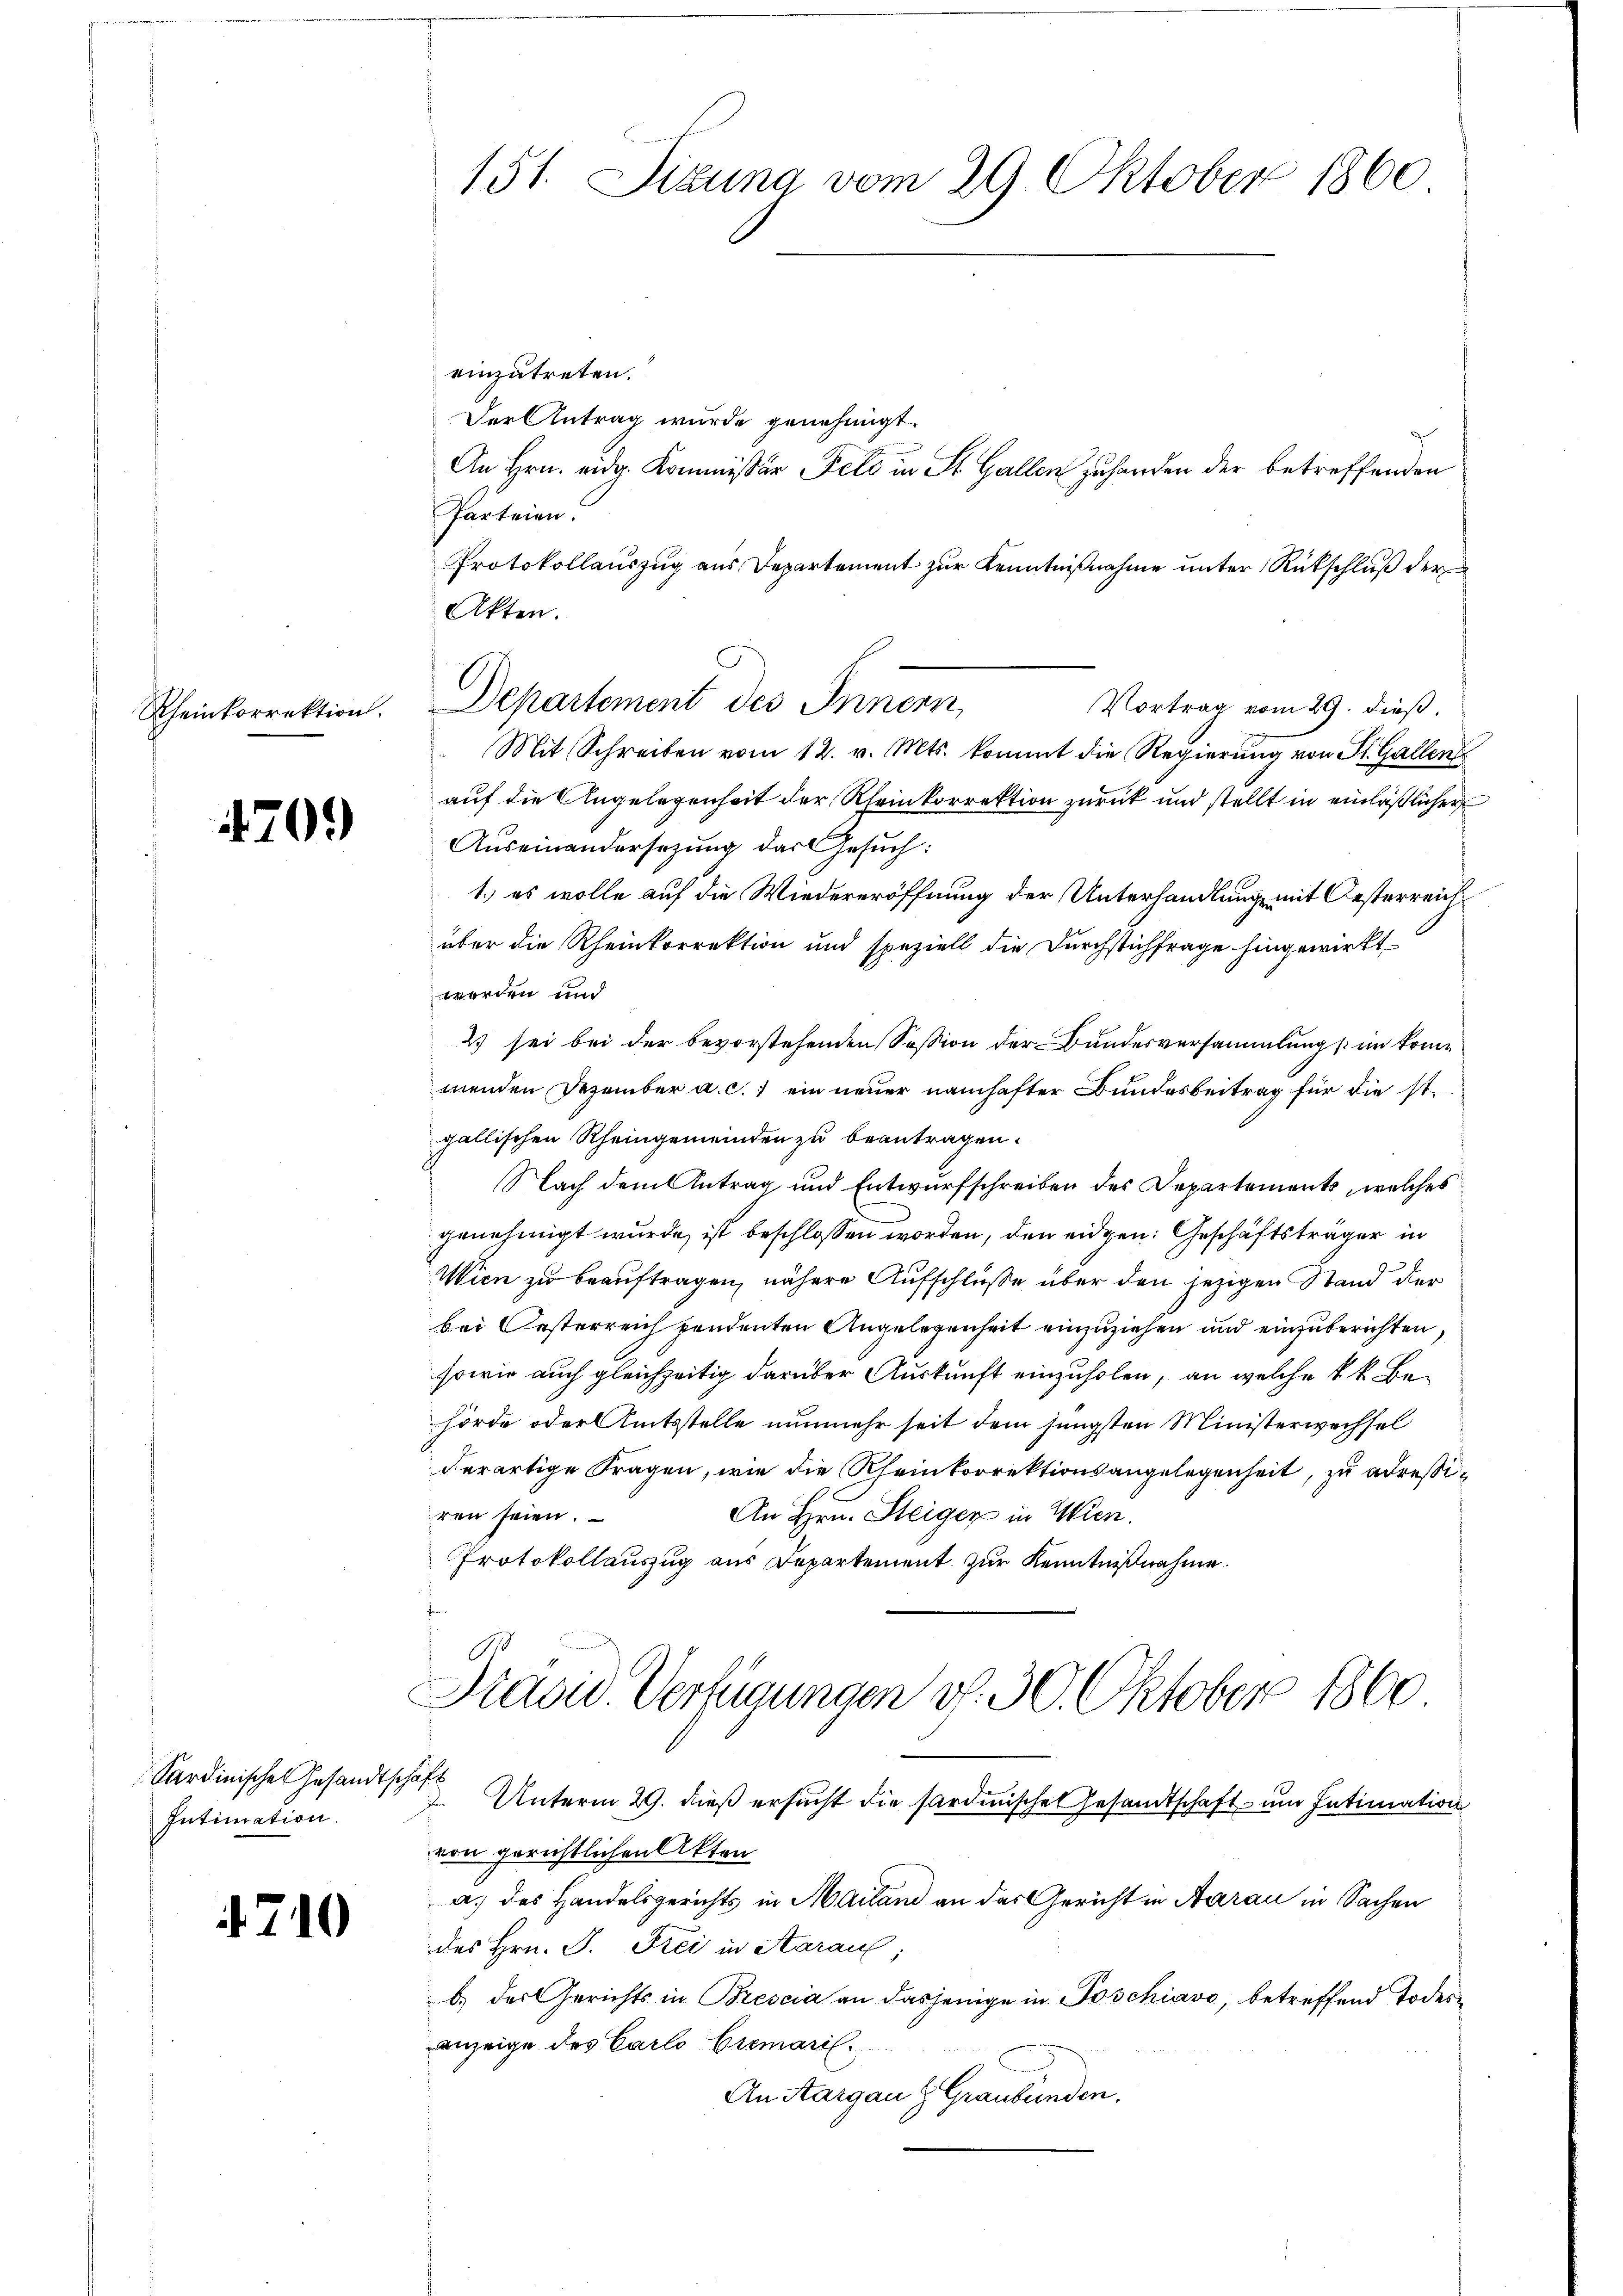
470.

Sardinische Gesandtschaft
Intimation.

4710

151. Sizung vom 29. Oktober 1860
einzutreten.
Der Antrag wurde genehmigt.
An Hrn. eidg. Kommißär Feld in St. Gallen zuhanden der betreffenden
Parteien.

Protokollauszug aus Departement zur Kenntnißnahme unter Rückschluß der
Akten.
Vortrag vom 29. dieß.
Mit Schreiben vom 12. v. Mts. kommt die Regierung von St. Gallen
auf die Angelegenheit der Rheinkorrektion zurück und stellt in einläßlicher
Auseinandersezung das Gesuch:
1.) es wolle auf die Wiedereröffnung der Unterhandlung mit Oesterreich
über die Rheinkorrektion und speziell die Durchstichfrage hingewirkt
worden und
2 sei bei der bevorstehenden Session der Bundesversammlung im kome
menden Dezember a. c. ein neuer namhafter Bundesbeitrag für die st.
gallischen Rheingemeinden zu beantragen.
Nach dem Antrag und Entwurfschreiben des Departements, welches
genehmigt wurde, ist beschlossen worden, den eidgen: Geschäftsträger in
Wien zu beauftragen, nähere Aufschlüße über den jezigen Stand der
bei Oesterreich pendenten Angelegenheit einzuziehen und einzuberichten,
sowie auch gleichzeitig darüber Auskunft einzuholen, an welche k k. Behörde oder Amtsstelle nunmehr seit dem jüngsten Ministerwechsel
derartige Fragen, wie die Rheinkorrektionsangelegenheit, zu adreßiren seien.
An Hrn. Steiger in Wien.
Protokollauszug aus Departement zur Kenntnißnahme.
Stare Verfügungen d. 30. Oktober 1860
d
Unterm 29. dieß ersucht die sardinische Gesandtschaft um Intimation
von gerichtlichen Akten
a.) des Handelsgerichts in Mailand an das Gericht in Aarau in Sachen
des Hrn. P. Frei in Aarau
b.) das Gerichts in Brescia an dasjenige in Poschiavo, betreffend Todesanzeige des Carlo Cremaril
An Aargau & Graubünden.

Rheinkorrektion. Departement des Innern,